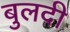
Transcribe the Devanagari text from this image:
बुलदी